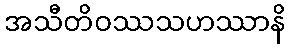
အသီတိဝဿသဟဿာနိ